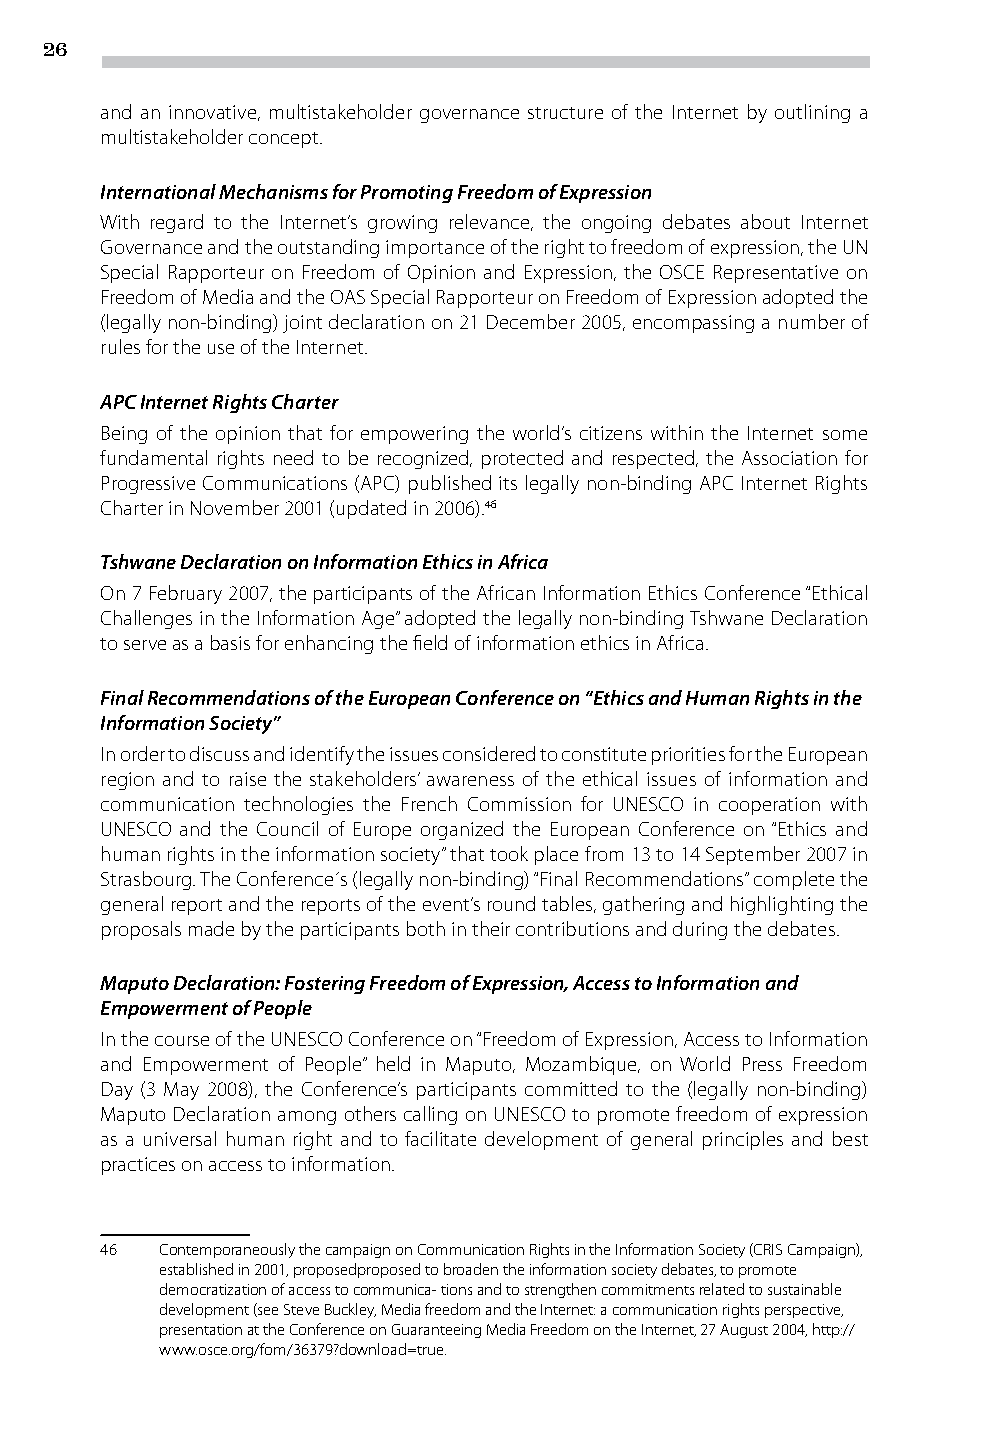
26
 and an innovative, multistakeholder governance structure of the Internet by outlining a
 multistakeholder concept.
 International Mechanisms for Promoting Freedom of Expression
 With regard to the Internet’s growing relevance, the ongoing debates about Internet
 Governance and the outstanding importance of the right to freedom of expression, the UN
 Special Rapporteur on Freedom of Opinion and Expression, the OSCE Representative on
 Freedom of Media and the OAS Special Rapporteur on Freedom of Expression adopted the
 (legally non-binding) joint declaration on 21 December 2005, encompassing a number of
 rules for the use of the Internet.
 APC Internet Rights Charter
 Being of the opinion that for empowering the world’s citizens within the Internet some
 fundamental rights need to be recognized, protected and respected, the Association for
 Progressive Communications (APC) published its legally non-binding APC Internet Rights
 Charter in November 2001 (updated in 2006).46
 Tshwane Declaration on Information Ethics in Africa
 On 7 February 2007, the participants of the African Information Ethics Conference “Ethical
 Challenges in the Information Age” adopted the legally non-binding Tshwane Declaration
 to serve as a basis for enhancing the field of information ethics in Africa.
 Final Recommendations of the European Conference on “Ethics and Human Rights in the
 Information Society”
 In order to discuss and identify the issues considered to constitute priorities for the European
 region and to raise the stakeholders’ awareness of the ethical issues of information and
 communication technologies the French Commission for UNESCO in cooperation with
 UNESCO and the Council of Europe organized the European Conference on “Ethics and
 human rights in the information society” that took place from 13 to 14 September 2007 in
 Strasbourg. The Conference´s (legally non-binding) “Final Recommendations” complete the
 general report and the reports of the event’s round tables, gathering and highlighting the
 proposals made by the participants both in their contributions and during the debates.
 Maputo Declaration: Fostering Freedom of Expression, Access to Information and
 Empowerment of People
 In the course of the UNESCO Conference on “Freedom of Expression, Access to Information
 and Empowerment of People” held in Maputo, Mozambique, on World Press Freedom
 Day (3 May 2008), the Conference’s participants committed to the (legally non-binding)
 Maputo Declaration among others calling on UNESCO to promote freedom of expression
 as a universal human right and to facilitate development of general principles and best
 practices on access to information.
 46  Contemporaneously the campaign on Communication Rights in the Information Society (CRIS Campaign),
 established in 2001, proposedproposed to broaden the information society debates, to promote
 democratization of access to communica- tions and to strengthen commitments related to sustainable
 development (see Steve Buckley, Media freedom and the Internet: a communication rights perspective,
 presentation at the Conference on Guaranteeing Media Freedom on the Internet, 27 August 2004, http://
 www.osce.org/fom/36379?download=true.